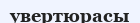
увертюрасы